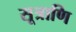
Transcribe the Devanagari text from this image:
सूत्राणि